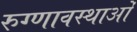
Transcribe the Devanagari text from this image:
रुग्णावस्थाओं